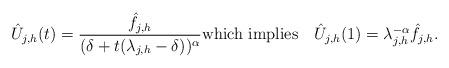
LaTeX: \begin{align*}\hat{U}_{j,h}(t) = \frac{\hat{f}_{j,h}}{(\delta + t(\lambda_{j,h}-\delta))^{\alpha}} \mbox{which implies } \ \ \hat{U}_{j,h}(1)=\lambda_{j,h}^{-\alpha} \hat{f}_{j,h}.\end{align*}